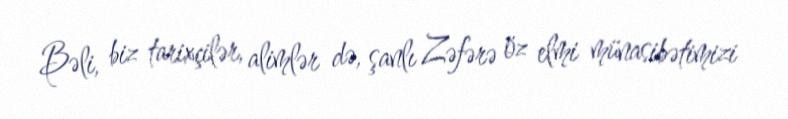
Bəli, biz tarixçilər, alimlər də, şanlı Zəfərə öz elmi münasibətimizi